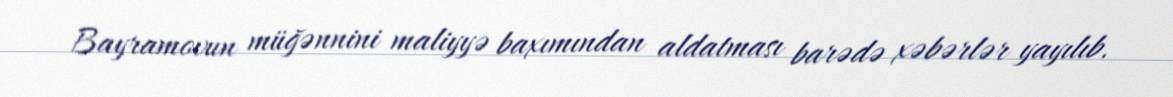
Bayramovun müğənnini maliyyə baxımından aldatması barədə xəbərlər yayılıb.